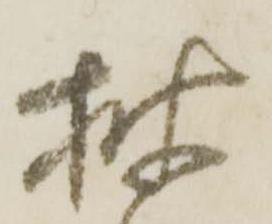
披